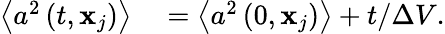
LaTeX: \begin{array}{rl}{\left\langle a^{2}\left(t,\mathbf{x}_{j}\right)\right\rangle}&{{}=\left\langle a^{2}\left(0,\mathbf{x}_{j}\right)\right\rangle+t/\Delta V.}\end{array}